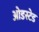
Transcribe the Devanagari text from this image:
ओडस्टेड